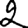
Digit: 2